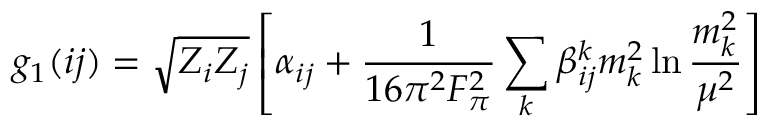
g _ { 1 } ( i j ) = \sqrt { Z _ { i } Z _ { j } } \left[ \alpha _ { i j } + { \frac { 1 } { 1 6 \pi ^ { 2 } F _ { \pi } ^ { 2 } } } \sum _ { k } \beta _ { i j } ^ { k } m _ { k } ^ { 2 } \ln { \frac { m _ { k } ^ { 2 } } { \mu ^ { 2 } } } \right]